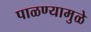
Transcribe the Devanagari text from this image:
पाळण्यामुळे